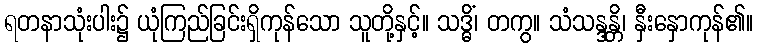
ရတနာသုံးပါး၌ ယုံကြည်ခြင်းရှိကုန်သော သူတို့နှင့်။ သဒ္ဓိံ၊ တကွ။ သံသန္ဒန္တိ၊ နှီးနှောကုန်၏။